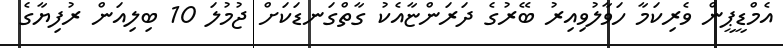
އެމްޑީޕީން ވެރިކަމާ ހަވާލުވިއިރު ބޭރުގެ ދަރަންޏާއެކު ގާތްގަނޑަކަށް ޖުމުލަ 10 ބިލިއަން ރުފިޔާގެ